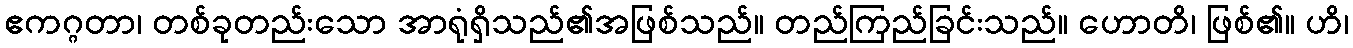
ဧကဂ္ဂတာ၊ တစ်ခုတည်းသော အာရုံရှိသည်၏အဖြစ်သည်။ တည်ကြည်ခြင်းသည်။ ဟောတိ၊ ဖြစ်၏။ ဟိ၊